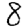
Digit: 8